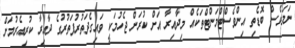
ނަމަވެސް ބޮޑެތި އިންވެސްޓްމަންޓްތަކެއް މިދާއިރާ އަށް ކުރަން ޖެހުމަކީ ވައިގެދަތުރުފަތުރުގެ ދާއިރާ ކުރިއެރުމަށް